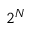
2 ^ { N }